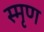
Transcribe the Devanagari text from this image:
स्मृण